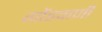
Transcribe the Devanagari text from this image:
गोंडवाणी